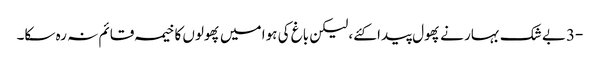
-3بے شک بہار نے پھول پیدا کئے، لیکن باغ کی ہوا میں پھولوں کا خیمہ قائم نہ رہ سکا۔